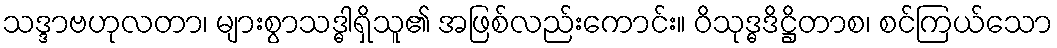
သဒ္ဒာဗဟုလတာ၊ များစွာသဒ္ဓါရှိသူ၏ အဖြစ်လည်းကောင်း။ ဝိသုဒ္ဓဒိဋ္ဌိတာစ၊ စင်ကြယ်သော